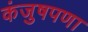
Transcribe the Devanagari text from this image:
कंजुषपणा